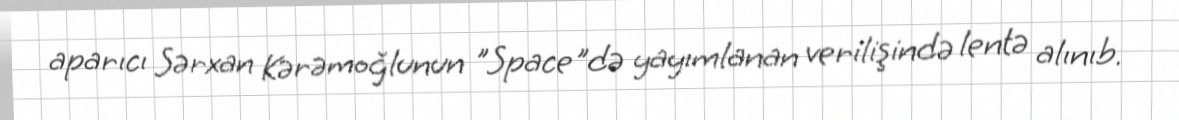
aparıcı Sərxan Kərəmoğlunun "Space"də yayımlanan verilişində lentə alınıb.